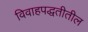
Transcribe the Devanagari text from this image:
विवाहपद्धतीतील